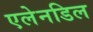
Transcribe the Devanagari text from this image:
एलेनडिल